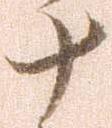
十